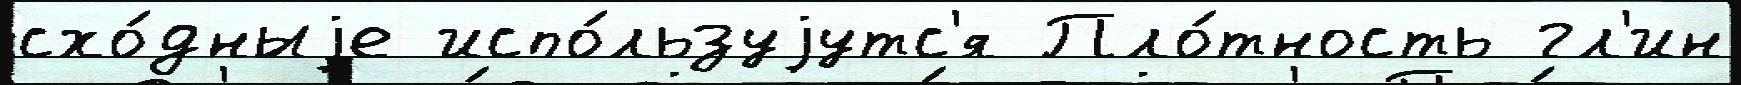
схо́дныjе испо́льзуjутс'я Пло́тность гл'ин